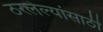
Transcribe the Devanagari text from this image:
ठरलेल्यांसाठी